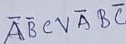
Text: ABCVABC